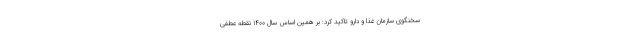
سخنگوی سازمان غذا و دارو تاکید کرد: بر همین اساس سال ۱۴۰۰ نقطه عطفی